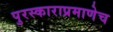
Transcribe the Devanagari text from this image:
पुरस्काराप्रमाणेच